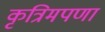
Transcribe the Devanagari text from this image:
कृत्रिमपणा